Lunatic asylums Punjab 1881-1894 - 1881-1894
Year: 1881
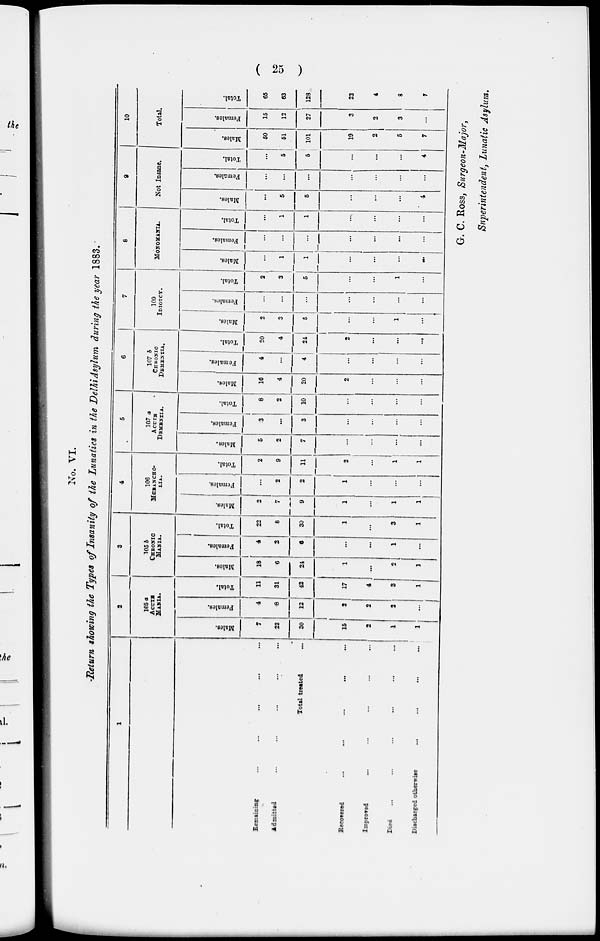
( 25 )
No. VI.
Return showing the Types of Insanity of the Lunatics in the Delhi Asylum during the year 1883.
1
Remaining ... ... ... ... ...
Admitted ... ... ... ... ...
Total treated ...
Recovered
...
...
...
...
...
Improved ... ... ... ... ...
Died ... ... ... ... ... ...
Discharged otherwise ... ... ... ...
2
105 a
ACUTS
MANIA.
Males.
7
23
30
15
2
1
1
Females.
4
8
12
2
2
2
...
Total.
11
31
42
17
4
3
1
3
105 b
CHRONIC
MANIA..
Males.
18
6
24
1
...
2
1
Females.
4
2
6
...
...
1
...
Total.
22
8
30
1
...
3
1
4
106
MERANCHO-
LIA.
Males.
2
7
9
1
...
1
1
Females.
...
2
2
1
...
...
...
Total.
2
9
11
2
...
1
1
5
107 a
ACUTE
DEMENTIA.
Males.
5
2
7
...
...
...
...
Females.
3
...
3
...
...
...
...
Total.
8
2
10
...
...
...
...
6
107 b
CHRONIC
DEMENTIA.
Males.
16
4
20
2
...
...
...
Females.
4
...
4
...
...
...
...
Total.
20
4
24
2
...
...
...
7
109
IDIOTCY.
Males.
2
3
5
...
...
1
...
Females.
...
...
...
...
...
...
Total.
2
3
5
...
...
1
...
8
MONOMANIA.
Males.
...
1
1
...
...
...
...
Females.
...
...
...
...
...
...
...
Total.
...
1
1
...
...
...
...
9
Not Insane.
Males.
...
5
5
...
...
...
4
Females.
...
...
...
...
...
...
...
Total.
...
5
5
...
...
...
4
10
Total.
Males.
50
51
101
19
2
5
7
Females.
15
12
27
3
2
3
...
Total.
65
63
128
22
4
8
7
G. C. Ross, Surgeon-Major,
Superintendent, Lunatic Asylum.